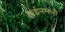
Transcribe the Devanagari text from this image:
हाईनमध्ये